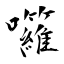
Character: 囖